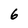
Character: 6